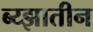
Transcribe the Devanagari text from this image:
ब्य्झातीन